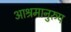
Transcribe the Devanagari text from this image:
आश्रमानुरुप